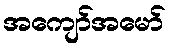
အကျော်အမော်